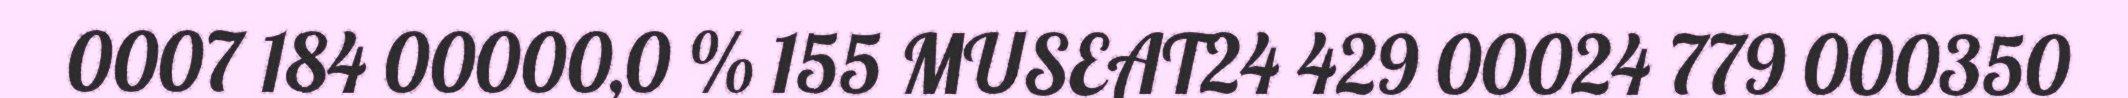
0007 184 00000,0 % 155 MUSEAT24 429 00024 779 000350